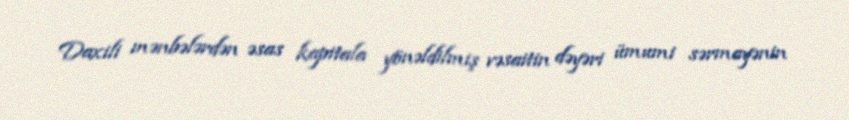
Daxili mənbələrdən əsas kapitala yönəldilmiş vəsaitin dəyəri ümumi sərmayənin